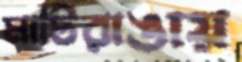
মাটিরাঙায়